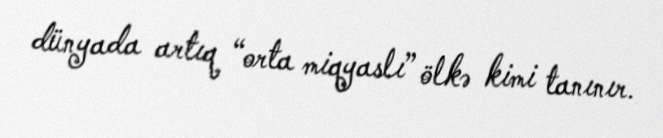
dünyada artıq “orta miqyaslı” ölkə kimi tanınır.